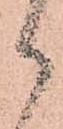
御